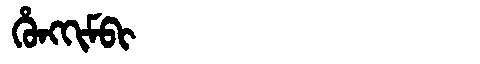
Manchu: ᡥᡠᠩᡴᡳᠮᠪᡳ
Romanization: HUNGKIMBI